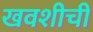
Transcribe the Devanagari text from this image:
खवशीची